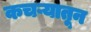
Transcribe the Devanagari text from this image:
कचऱ्यातून